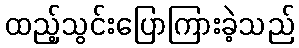
ထည့်သွင်းပြောကြားခဲ့သည်